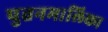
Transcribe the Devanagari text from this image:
पुत्तनमालिका